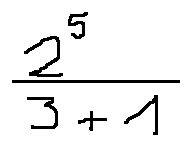
\frac { 2 ^ { 5 } } { 3 + 1 }